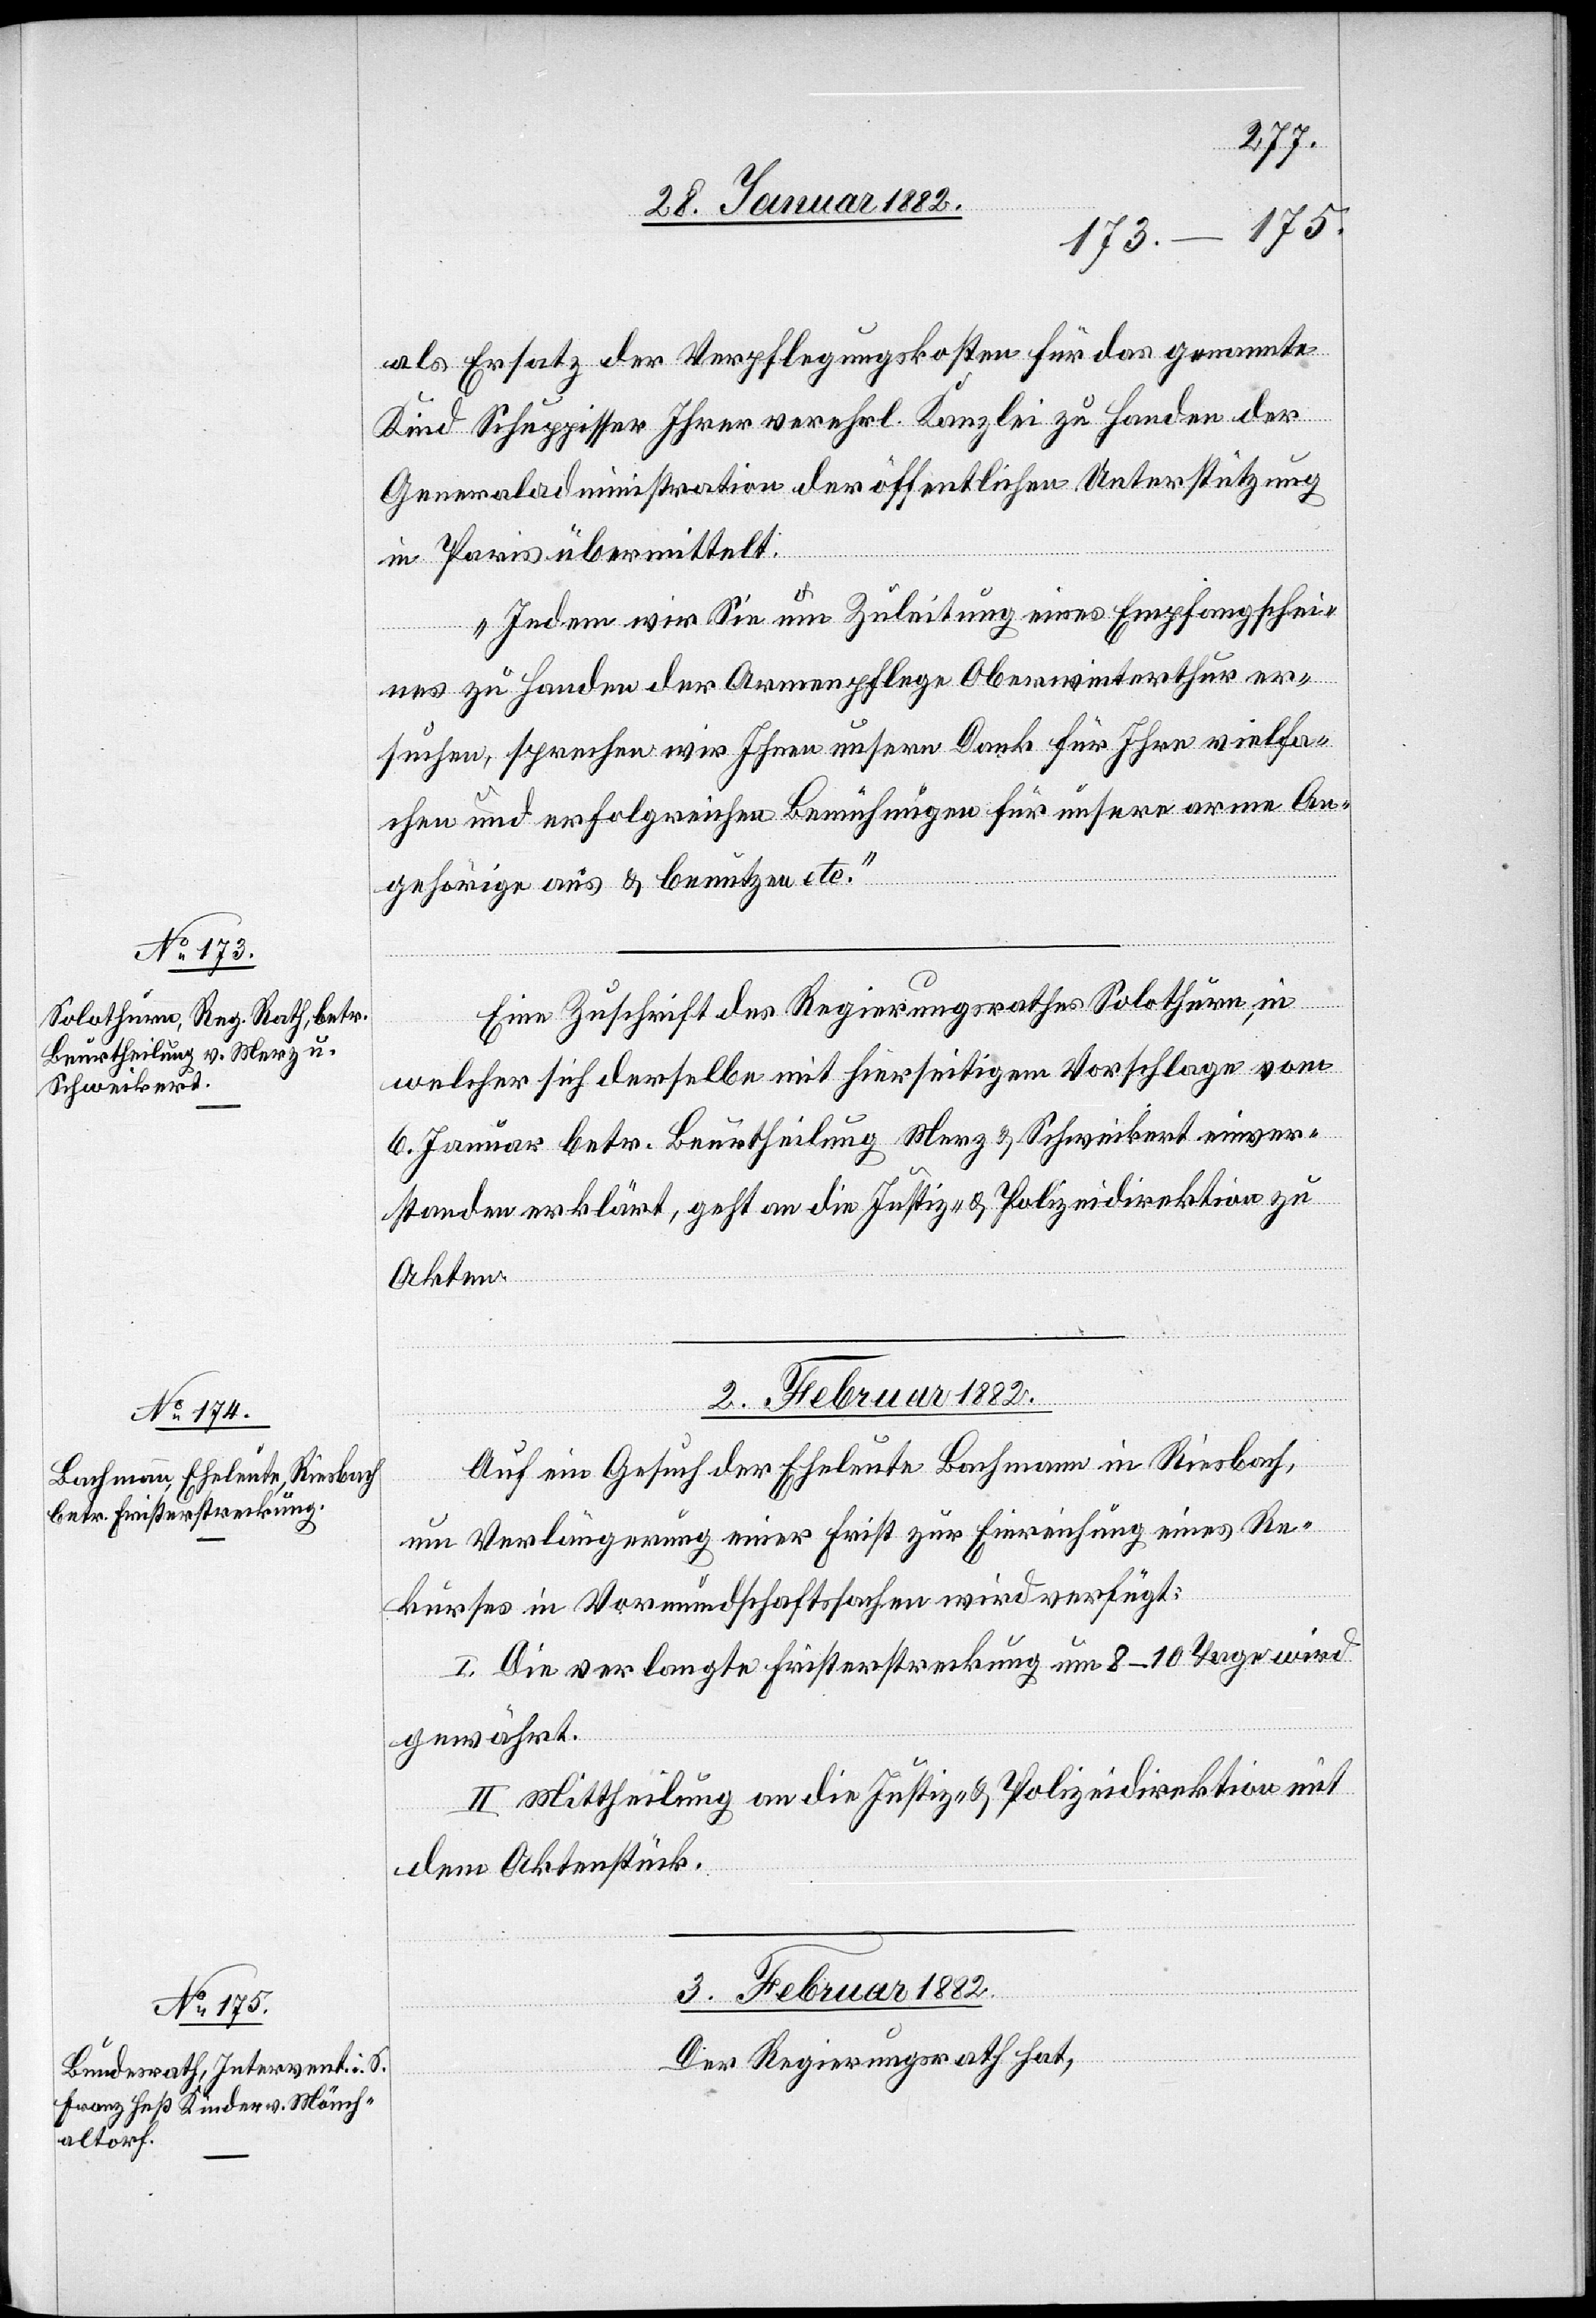
als Ersatz der Verpflegungskosten für das genannte
Kind Schuppisser Ihrer verehrl. Kanzlei zu Handen der
Generaladministration der öffentlichen Unterstützung
in Paris übermittelt.
Indem wir Sie um Zuleitung eines Empfangschei¬
nes zu Handen der Armenpflege Oberwinterthur er¬
suchen, sprechen wir Ihnen unseren Dank für Ihre vielfa¬
che und erfolgreiche Bemühungen für unsere arme An¬
gehörige aus & benutzen etc.“
Eine Zuschrift des Regierungsrathes Solothurn, in
welcher sich derselbe mit hierseitigen Vorschlage vom
6. Januar betr. Beurtheilung Merz & Schweikert einver¬
standen erklärt, geht an die Justiz- & Polizeidirektion zu
Akten.
02. Februar 1882
Auf ein Gesuch der Eheleute Bachmann in Riesbach,
um Verlängerung einer Frist zur Einreichung eines Re¬
kurses in Vormundschaftssachen wird verfügt:
I. Die verlangte Fristerstreckung um 8–10 Tage wird
gewährt.
II. Mittheilung an die Justiz- & Polizeidirektion mit
dem Aktenstück.
03. Februar 1882
Der Regierungsrath hat,